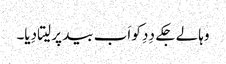
وہا لے جکے دِدِ کو اَب بید پر لیتا دِیا۔